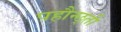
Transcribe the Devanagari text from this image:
पहौन्छ्ती